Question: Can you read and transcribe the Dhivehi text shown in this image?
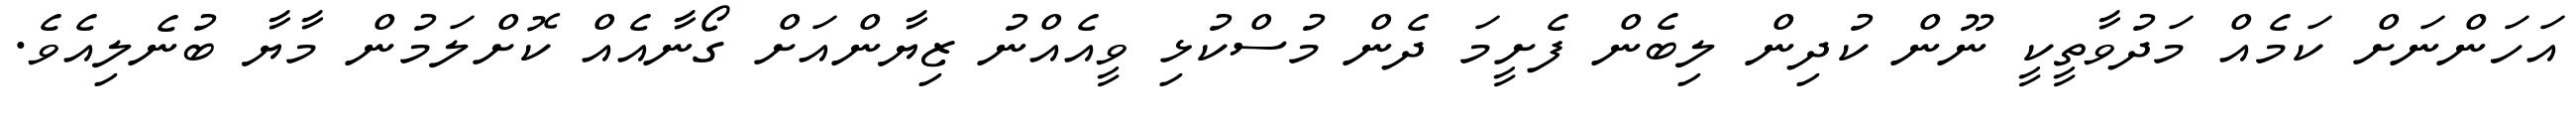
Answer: އަހަންނަށް ކަމެއް މަދުވާތީކީ ނޫން ކުދިން ލިބެން ފެށީމަ ދެން މުސްކުޅި ވީއެއްނު ޒިޔާންއަށް ގޯނާއެއް ކޮށްލަމުން މާޔާ ބުނެލިއެވެ.